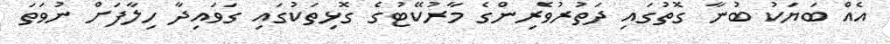
އެއް ބަޔަކު ބުނާ ގޮތުގައި ދަތުރުވެރިންގެ މާރުކޭޓުގެ ގޮޅިތަކުގައި ގަވައިދާ ހިލާފަށް ނުވަތަ